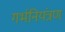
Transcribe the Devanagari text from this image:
गर्भनियंत्रण